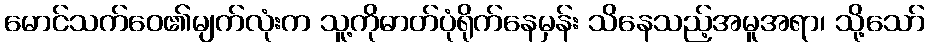
မောင်သက်ဝေ၏မျက်လုံးက သူ့ကိုဓာတ်ပုံရိုက်နေမှန်း သိနေသည့်အမူအရာ၊ သို့သော်